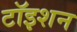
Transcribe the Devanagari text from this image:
टॉइशन